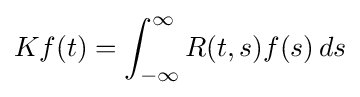
Kf(t)=\int _{-\infty }^{\infty }R(t,s)f(s)\,ds